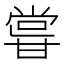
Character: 𭺮